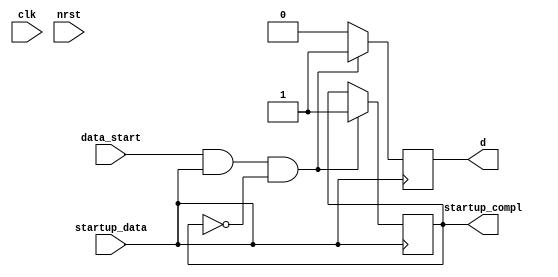
`timescale 1ns/1ps

module StartupData (
	input wire clk,
	input wire nrst,
	input wire data_start,
	input wire startup_data,
	output wire startup_compl,
	output wire d
	);
	//DESCRIPTION//
	//This module starts the data protocol.
	//4 bits (1111) are send to the RX.
	//After that, there is a gap of 5 ms in which TX waits for a respons (1111) from the RX
	//If after 5 ms no respons is received, the duty cycle will be increased by 5% a
	//(1111) again will be send
	//
	//The receiving of the RX bits will be read from the 
	reg start_compl_reg = 0;
	reg d_reg = 0;

	always @(posedge startup_data)begin
		if(data_start && startup_data && ~start_compl_reg)begin
			d_reg <= 0;
			#2000000 d_reg = 1;

			#2000000 d_reg = 0;
			#2000000 d_reg = 1;

			#2000000 d_reg = 0;
			#2000000 d_reg = 1;
			
			#2000000 d_reg = 0;
			#2000000 d_reg = 1;

			#2000000 start_compl_reg <= 1;
		end
		else begin
			d_reg <= 0;
		end
	end
	assign startup_compl = start_compl_reg;
	assign d = d_reg;
endmodule